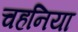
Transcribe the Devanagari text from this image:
चहनिया